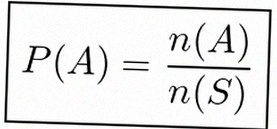
P(A)=\frac{n(A)}{n(S)}